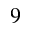
9